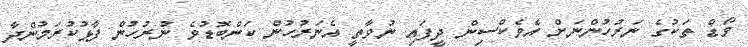
ވޯޑް ތަކުގެ ނަރުހުންނަށް އެވެކްސިން ދީފައި ނުވާތީ އެނަރުހުން ކަންބޮޑުވެ ނުރުހުން ފާޅުކުރަމުންދާ